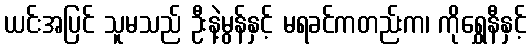
ယင်းအပြင် သူမသည် ဦးနဲ့မွန်နှင့် မရခင်ကတည်းက၊ ကိုရွှေနီနှင့်